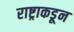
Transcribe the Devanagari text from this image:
राष्ट्राकडून